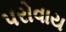
પરોવાય